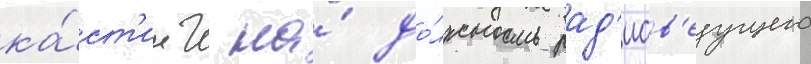
ка́ст'инг на́ до́лжность рад'иов'едущего